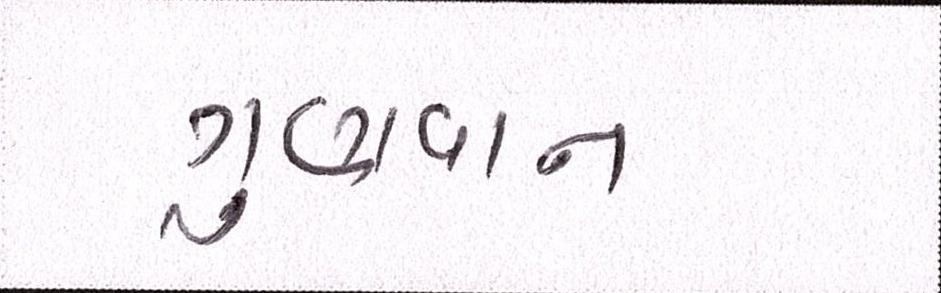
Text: ગુણગાન